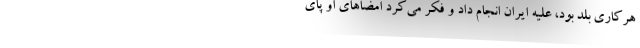
هرکاری بلد بود، علیه ایران انجام داد و فکر می‌کرد امضاهای او پای